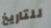
للتاريخ